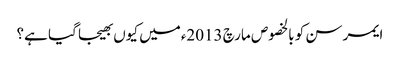
ایمرسن کو بالخصوص مارچ 2013ءمیں کیوں بھیجا گیا ہے؟